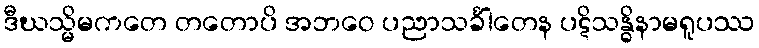
ဒီဃသ္မိမကတေ တတောပိ အဘဝေ ပညာသင်္ခါတေန ပဋိသန္ဓိနာမရူပဿ